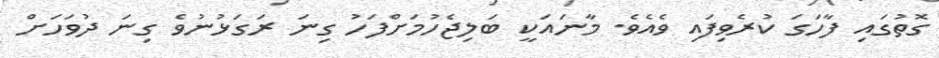
ގޮތުގައި ފާހަގަ ކުރެވިފައި ވެއެވެ. މާނައަކީ ބަލިޖެހުމަށްފަހު ގިނަ ރަގަޅުނުވެ ގިނަ ދުވަހަށް